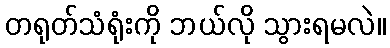
တရုတ်သံရုံးကို ဘယ်လို သွားရမလဲ။